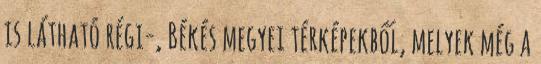
is látható régi-, Békés megyei térképekből, melyek még a